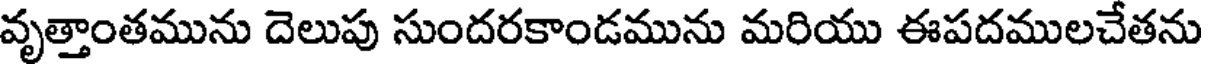
వృత్తాంతమును దెలుపు సుందరకాండమును మరియు ఈపదములచేతను